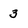
Character: 3